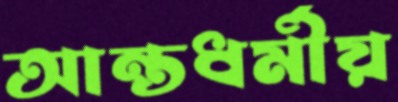
আন্তধর্মীয়